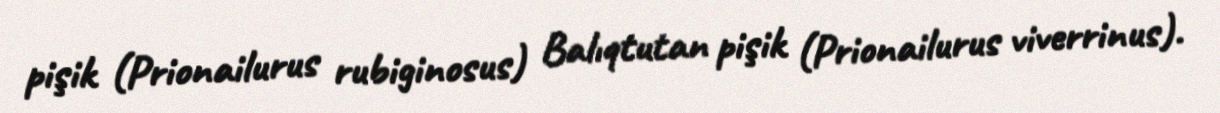
pişik (Prionailurus rubiginosus) Balıqtutan pişik (Prionailurus viverrinus).